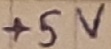
Text: +5V